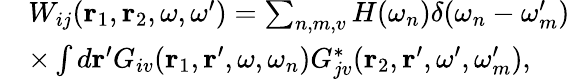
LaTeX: \begin{array}{rl}&{W_{ij}({\mathbf r}_{1},{\mathbf r}_{2},\omega,\omega^{\prime})=\sum_{n,m,v}H(\omega_{n})\delta(\omega_{n}-\omega_{m}^{\prime})}\\ &{\times\int d{\mathbf r}^{\prime}G_{iv}({\mathbf r}_{1},{\mathbf r}^{\prime},\omega,\omega_{n})G_{jv}^{*}({\mathbf r}_{2},{\mathbf r}^{\prime},\omega^{\prime},\omega_{m}^{\prime}),}\end{array}